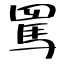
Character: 罵